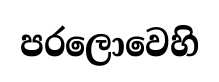
පරලොවෙහි